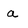
Character: a